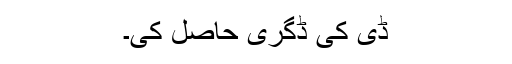
ڈی کی ڈگری حاصل کی۔